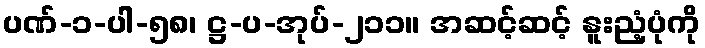
ပဏ်-၁-ပါ-၅၈၊ ဋ္ဌ-ပ-အုပ်-၂၁၁။ အဆင့်ဆင့် နူးညံ့ပုံကို